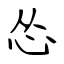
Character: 怂